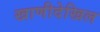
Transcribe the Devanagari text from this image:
खाणीदेखिल